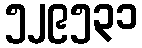
၅၂၉၅၃၁